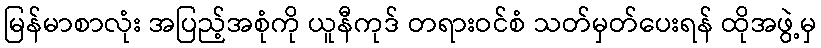
မြန်မာစာလုံး အပြည့်အစုံကို ယူနီကုဒ် တရားဝင်စံ သတ်မှတ်ပေးရန် ထိုအဖွဲ့မှ